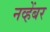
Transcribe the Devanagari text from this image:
नव्हेंबर